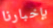
بإخبارنا